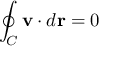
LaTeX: \oint _ { C } \mathbf { v } \cdot d { \mathbf { r } } = 0